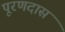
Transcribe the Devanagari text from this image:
पूरणदास